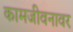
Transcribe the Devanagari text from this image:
कामजीवनावर